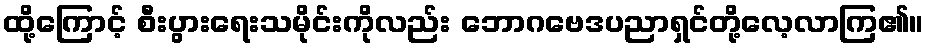
ထို့ကြောင့် စီးပွားရေးသမိုင်းကိုလည်း ဘောဂဗေဒပညာရှင်တို့လေ့လာကြ၏။